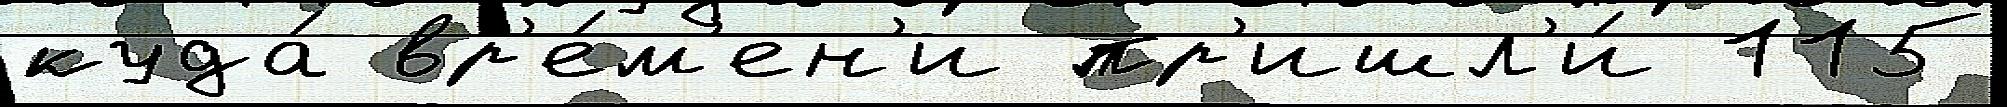
куда́ вр'е́м'ен'и пр'ишл'и́ 115